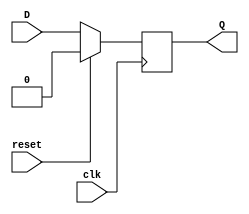
module neg_edge_d_ff(
    input D,
    input clk,
    input reset,
    output reg Q
);

always @(negedge clk) begin
    if (reset) begin
        Q <= 1'b0;
    end else begin
        Q <= D;
    end
end

endmodule